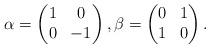
LaTeX: \begin{align*}\alpha=\begin{pmatrix}1&0\\0&-1 \end{pmatrix}, \beta=\begin{pmatrix}0&1\\1&0 \end{pmatrix}.\end{align*}